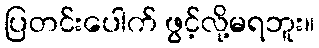
ပြတင်းပေါက် ဖွင့်လို့မရဘူး။